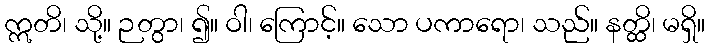
ဣတိ၊ သို့။ ဉတွာ၊ ၍။ ဝါ၊ ကြောင့်။ သော ပကာရော၊ သည်။ နတ္ထိ၊ မရှိ။